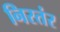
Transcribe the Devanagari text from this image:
निरतंर